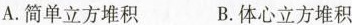
A. 简单立方堆积 B. 体心立方堆积